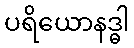
ပရိယောနဒ္ဓါ